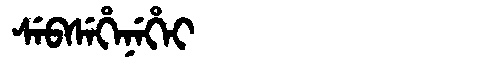
Manchu: ᠰᡝᠪᠰᡝᡥᡝᠨᡝᡥᡝᡳ
Romanization: SEBSEHENEHEI